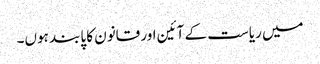
میں ریاست کے آئین اور قانون کا پابند ہوں۔